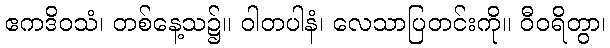
ဧကဒိဝသံ၊ တစ်နေ့သ၌။ ဝါတပါနံ၊ လေသာပြတင်းကို။ ဝီဝရိတွာ၊